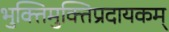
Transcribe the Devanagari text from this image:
भुक्तिमुक्तिप्रदायकम्